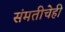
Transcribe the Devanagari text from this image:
संमतीचेही